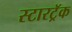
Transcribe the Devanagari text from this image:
स्टारट्रॅक